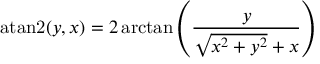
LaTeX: \operatorname { a t a n 2 } ( y , x ) = 2 \arctan \left( { \frac { y } { { \sqrt { x ^ { 2 } + y ^ { 2 } } } + x } } \right)